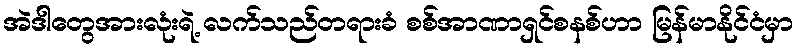
အဲဒါတွေအားလုံးရဲ့ လက်သည်တရားခံ စစ်အာဏာရှင်စနစ်ဟာ မြန်မာနိုင်ငံမှာ